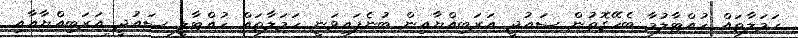
ހަމަލާތައް ހުއްޓާލުމާ ބެހޭގޮތުން ސައުދީ އަރަބިއްޔާއިން ބުނެފައިވަނީ ހަމަލާތައް ހުއްޓާލީ ސައުދީ އަރަބިއްޔާއާއި